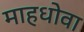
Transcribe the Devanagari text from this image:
माहधोवा